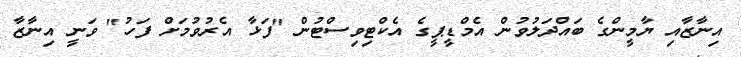
އިނާޒާއި ޔާމީންގެ ބައްދަލުވުން އެމްޑީޕީގެ އެކްޓިވިސްޓުން "ފަޅާ އެރުވުމަށް ފަހު" ވަނީ އިނާޒާ